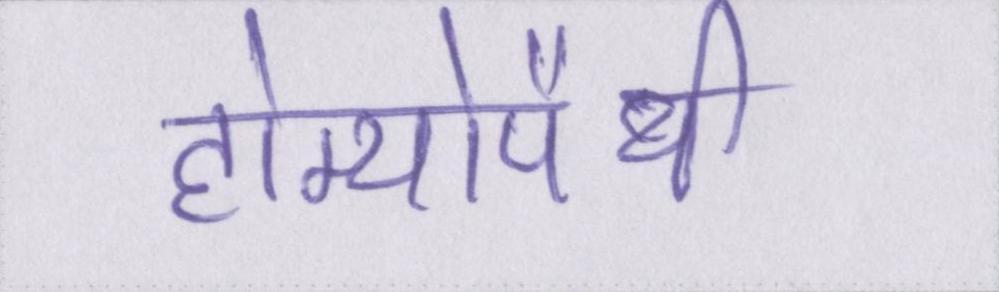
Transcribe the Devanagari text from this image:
होम्योपैथी